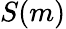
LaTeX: S(m)